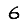
Digit: 6